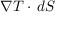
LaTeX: { \nabla } T \cdot \, d S